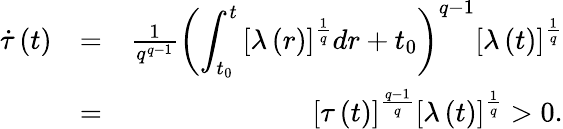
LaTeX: \begin{array}{rlr}{\dot{\tau}\left(t\right)}&{=}&{\frac{1}{q^{q-1}}\left(\displaystyle\int_{t_{0}}^{t}\left[\lambda\left(r\right)\right]^{\frac{1}{q}}dr+t_{0}\right)^{q-1}\left[\lambda\left(t\right)\right]^{\frac{1}{q}}}\\ &{=}&{\left[\tau\left(t\right)\right]^{\frac{q-1}{q}}\left[\lambda\left(t\right)\right]^{\frac{1}{q}}>0.}\end{array}